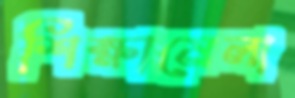
শিক্ষামেলা